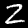
Label: 2